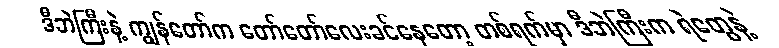
ဒီဘဲကြီးနဲ့ ကျွန်တော်က တော်တော်လေးခင်နေတော့ တစ်ရက်မှာ ဒီဘဲကြီးက ရဲတွေနဲ့